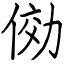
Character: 俲